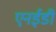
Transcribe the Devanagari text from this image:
एनईडी